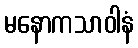
မနောကသာဝါနံ